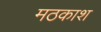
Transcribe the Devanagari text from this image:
मठकाश